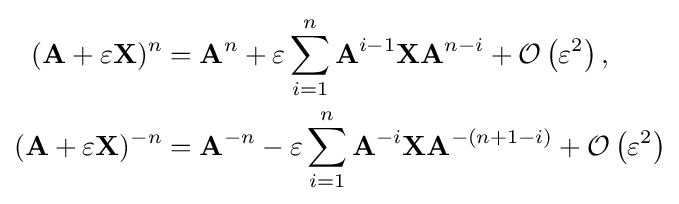
{\begin{aligned}(\mathbf {A} +\varepsilon \mathbf {X} )^{n}&=\mathbf {A} ^{n}+\varepsilon \sum _{i=1}^{n}\mathbf {A} ^{i-1}\mathbf {X} \mathbf {A} ^{n-i}+{\mathcal {O}}\left(\varepsilon ^{2}\right),\\(\mathbf {A} +\varepsilon \mathbf {X} )^{-n}&=\mathbf {A} ^{-n}-\varepsilon \sum _{i=1}^{n}\mathbf {A} ^{-i}\mathbf {X} \mathbf {A} ^{-(n+1-i)}+{\mathcal {O}}\left(\varepsilon ^{2}\right)\end{aligned}}